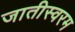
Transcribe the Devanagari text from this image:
जातीस्वरम